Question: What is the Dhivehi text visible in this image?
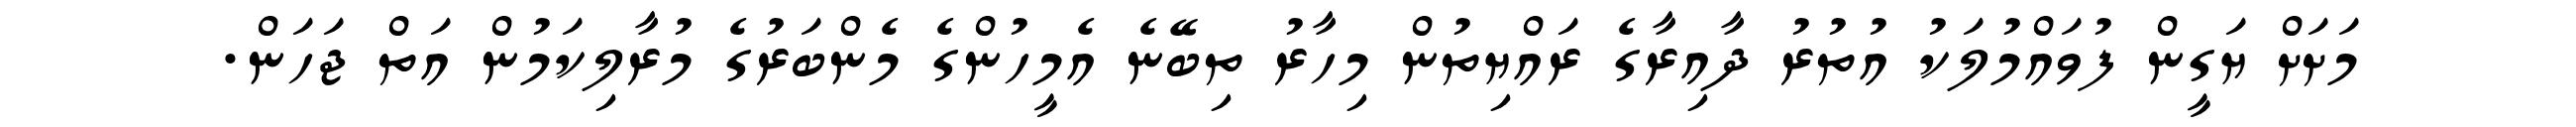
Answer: މަށަށް ޔަގީން ފުވައްމުލަކު އުތުރު ދާއިރާގެ ރައްޔިތުން މިހާރު ތިބޭނެ އެމީހުންގެ މެންބަރުގެ މުރާލިކަމުން އަތް ޖަހަން.